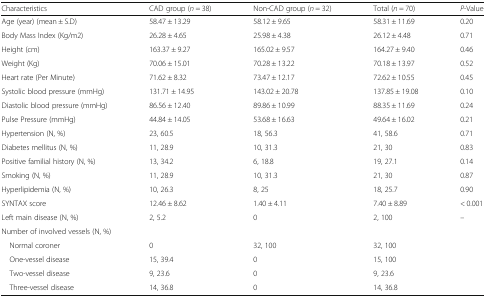
<table><thead><tr><td><b>Characteristics</b></td><td><b>CAD group (<i>n</i> = 38)</b></td><td><b>Non-CAD group (<i>n</i> = 32)</b></td><td><b>Total (<i>n</i> = 70)</b></td><td><b><i>P</i>-Value</b></td></tr></thead><tbody><tr><td>Age (year) (mean ± S.D)</td><td>58.47 ± 13.29</td><td>58.12 ± 9.65</td><td>58.31 ± 11.69</td><td>0.20</td></tr><tr><td>Body Mass Index (Kg/m2)</td><td>26.28 ± 4.65</td><td>25.98 ± 4.38</td><td>26.12 ± 4.48</td><td>0.71</td></tr><tr><td>Height (cm)</td><td>163.37 ± 9.27</td><td>165.02 ± 9.57</td><td>164.27 ± 9.40</td><td>0.46</td></tr><tr><td>Weight (Kg)</td><td>70.06 ± 15.01</td><td>70.28 ± 13.22</td><td>70.18 ± 13.97</td><td>0.52</td></tr><tr><td>Heart rate (Per Minute)</td><td>71.62 ± 8.32</td><td>73.47 ± 12.17</td><td>72.62 ± 10.55</td><td>0.45</td></tr><tr><td>Systolic blood pressure (mmHg)</td><td>131.71 ± 14.95</td><td>143.02 ± 20.78</td><td>137.85 ± 19.08</td><td>0.10</td></tr><tr><td>Diastolic blood pressure (mmHg)</td><td>86.56 ± 12.40</td><td>89.86 ± 10.99</td><td>88.35 ± 11.69</td><td>0.24</td></tr><tr><td>Pulse Pressure (mmHg)</td><td>44.84 ± 14.05</td><td>53.68 ± 16.63</td><td>49.64 ± 16.02</td><td>0.21</td></tr><tr><td>Hypertension (N, %)</td><td>23, 60.5</td><td>18, 56.3</td><td>41, 58.6</td><td>0.71</td></tr><tr><td>Diabetes mellitus (N, %)</td><td>11, 28.9</td><td>10, 31.3</td><td>21, 30</td><td>0.83</td></tr><tr><td>Positive familial history (N, %)</td><td>13, 34.2</td><td>6, 18.8</td><td>19, 27.1</td><td>0.14</td></tr><tr><td>Smoking (N, %)</td><td>11, 28.9</td><td>10, 31.3</td><td>21, 30</td><td>0.87</td></tr><tr><td>Hyperlipidemia (N, %)</td><td>10, 26.3</td><td>8, 25</td><td>18, 25.7</td><td>0.90</td></tr><tr><td>SYNTAX score</td><td>12.46 ± 8.62</td><td>1.40 ± 4.11</td><td>7.40 ± 8.89</td><td>&lt; 0.001</td></tr><tr><td>Left main disease (N, %)</td><td>2, 5.2</td><td>0</td><td>2, 100</td><td>–</td></tr><tr><td colspan="5">Number of involved vessels (N, %)</td></tr><tr><td> Normal coroner</td><td>0</td><td>32, 100</td><td>32, 100</td><td rowspan="4"></td></tr><tr><td> One-vessel disease</td><td>15, 39.4</td><td>0</td><td>15, 100</td></tr><tr><td> Two-vessel disease</td><td>9, 23.6</td><td>0</td><td>9, 23.6</td></tr><tr><td> Three-vessel disease</td><td>14, 36.8</td><td>0</td><td>14, 36.8</td></tr></tbody></table>